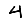
Digit: 4